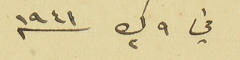
في ٩ ك٢ سنه ١٩٤١